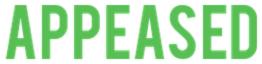
APPEASED